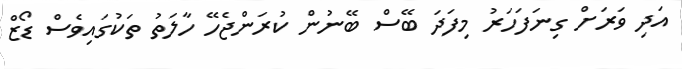
އަދި ވަރަށް ގިނަފަހަރު މިފަދަ ބޭސް ބޭނުން ކުރަންޖެހޭ ހާލަތު ތަކުގައިވެސް ޑޯޒް